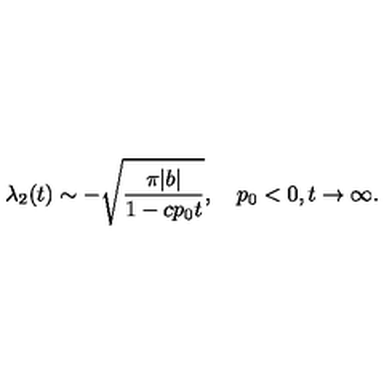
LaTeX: \lambda _ { 2 } ( t ) \sim - \sqrt { \frac { \pi | b | } { 1 - c p _ { 0 } t } } , \quad p _ { 0 } < 0 , t \to \infty .